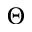
\Theta